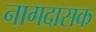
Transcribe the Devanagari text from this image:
नागदासक